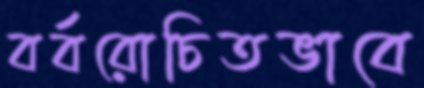
বর্বরোচিতভাবে